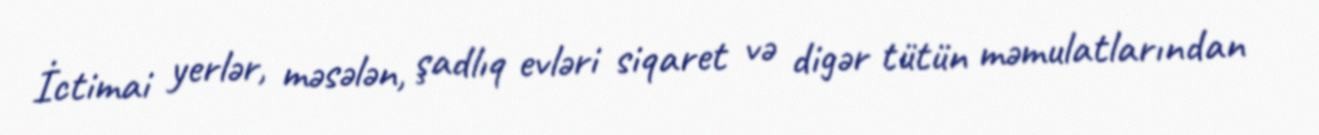
İctimai yerlər, məsələn, şadlıq evləri siqaret və digər tütün məmulatlarından